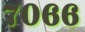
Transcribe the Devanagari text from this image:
७०६६